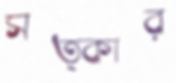
সত্কার